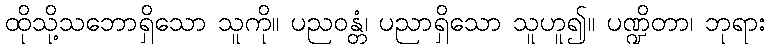
ထိုသို့သဘောရှိသော သူကို။ ပညဝန္တံ၊ ပညာရှိသော သူဟူ၍။ ပဏ္ဍိတာ၊ ဘုရား